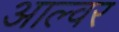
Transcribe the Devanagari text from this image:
आल्वर